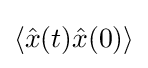
\langle {\hat {x}}(t){\hat {x}}(0)\rangle